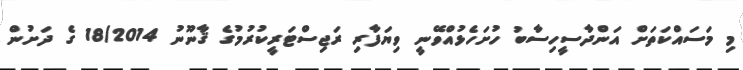
މި މަސައްކަތަށް އަންދާސީހިސާބު ހުށަހެޅުއްވޭނީ ވިޔަފާރި ރަޖިސްޓަރީކުރުމުގެ ޤާނޫނު 18/2014 ގެ ދަށުން